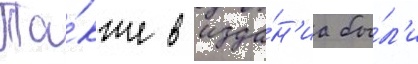
Та́кже в изда́н'иа бы́л'и